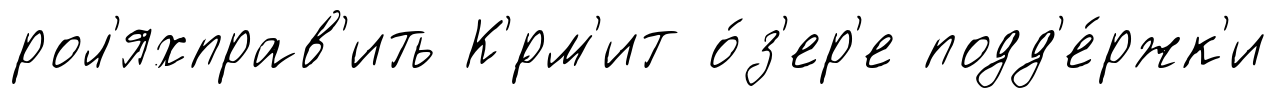
рол'яхправ'ить К'́рм'ит о́з'ер'е подд'е́ржк'и